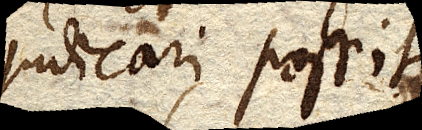
judicari possit.